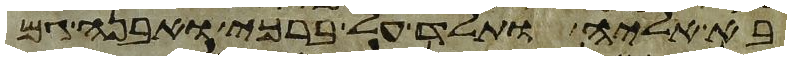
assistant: בא אליה ותלד על ברכי ואבנה גם